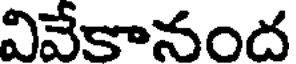
వివేకానంద